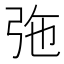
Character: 㢮